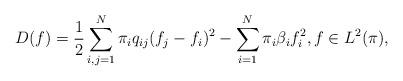
LaTeX: \begin{align*}D(f)=\frac 12\sum_{i,j=1}^N\pi_iq_{ij}(f_j-f_i)^2-\sum_{i=1}^N\pi_i\beta_if_i^2,f\in L^2(\pi),\end{align*}